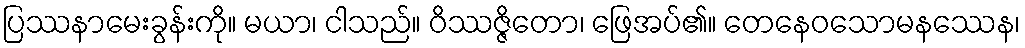
ပြဿနာမေးခွန်းကို။ မယာ၊ ငါသည်။ ဝိဿဇ္ဇိတော၊ ဖြေအပ်၏။ တေနေဝသောမနဿေန၊